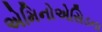
એમિનોએસિડના